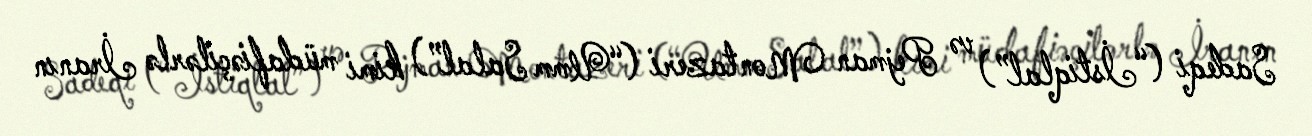
Sadeqi (“İstiqlal”) və Pejman Montazeri (“Umm Salal”) kimi müdafiəçilərlə İranın